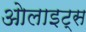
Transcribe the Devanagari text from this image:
ओलाइट्स